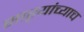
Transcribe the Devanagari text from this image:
साऱ्यांच्याच